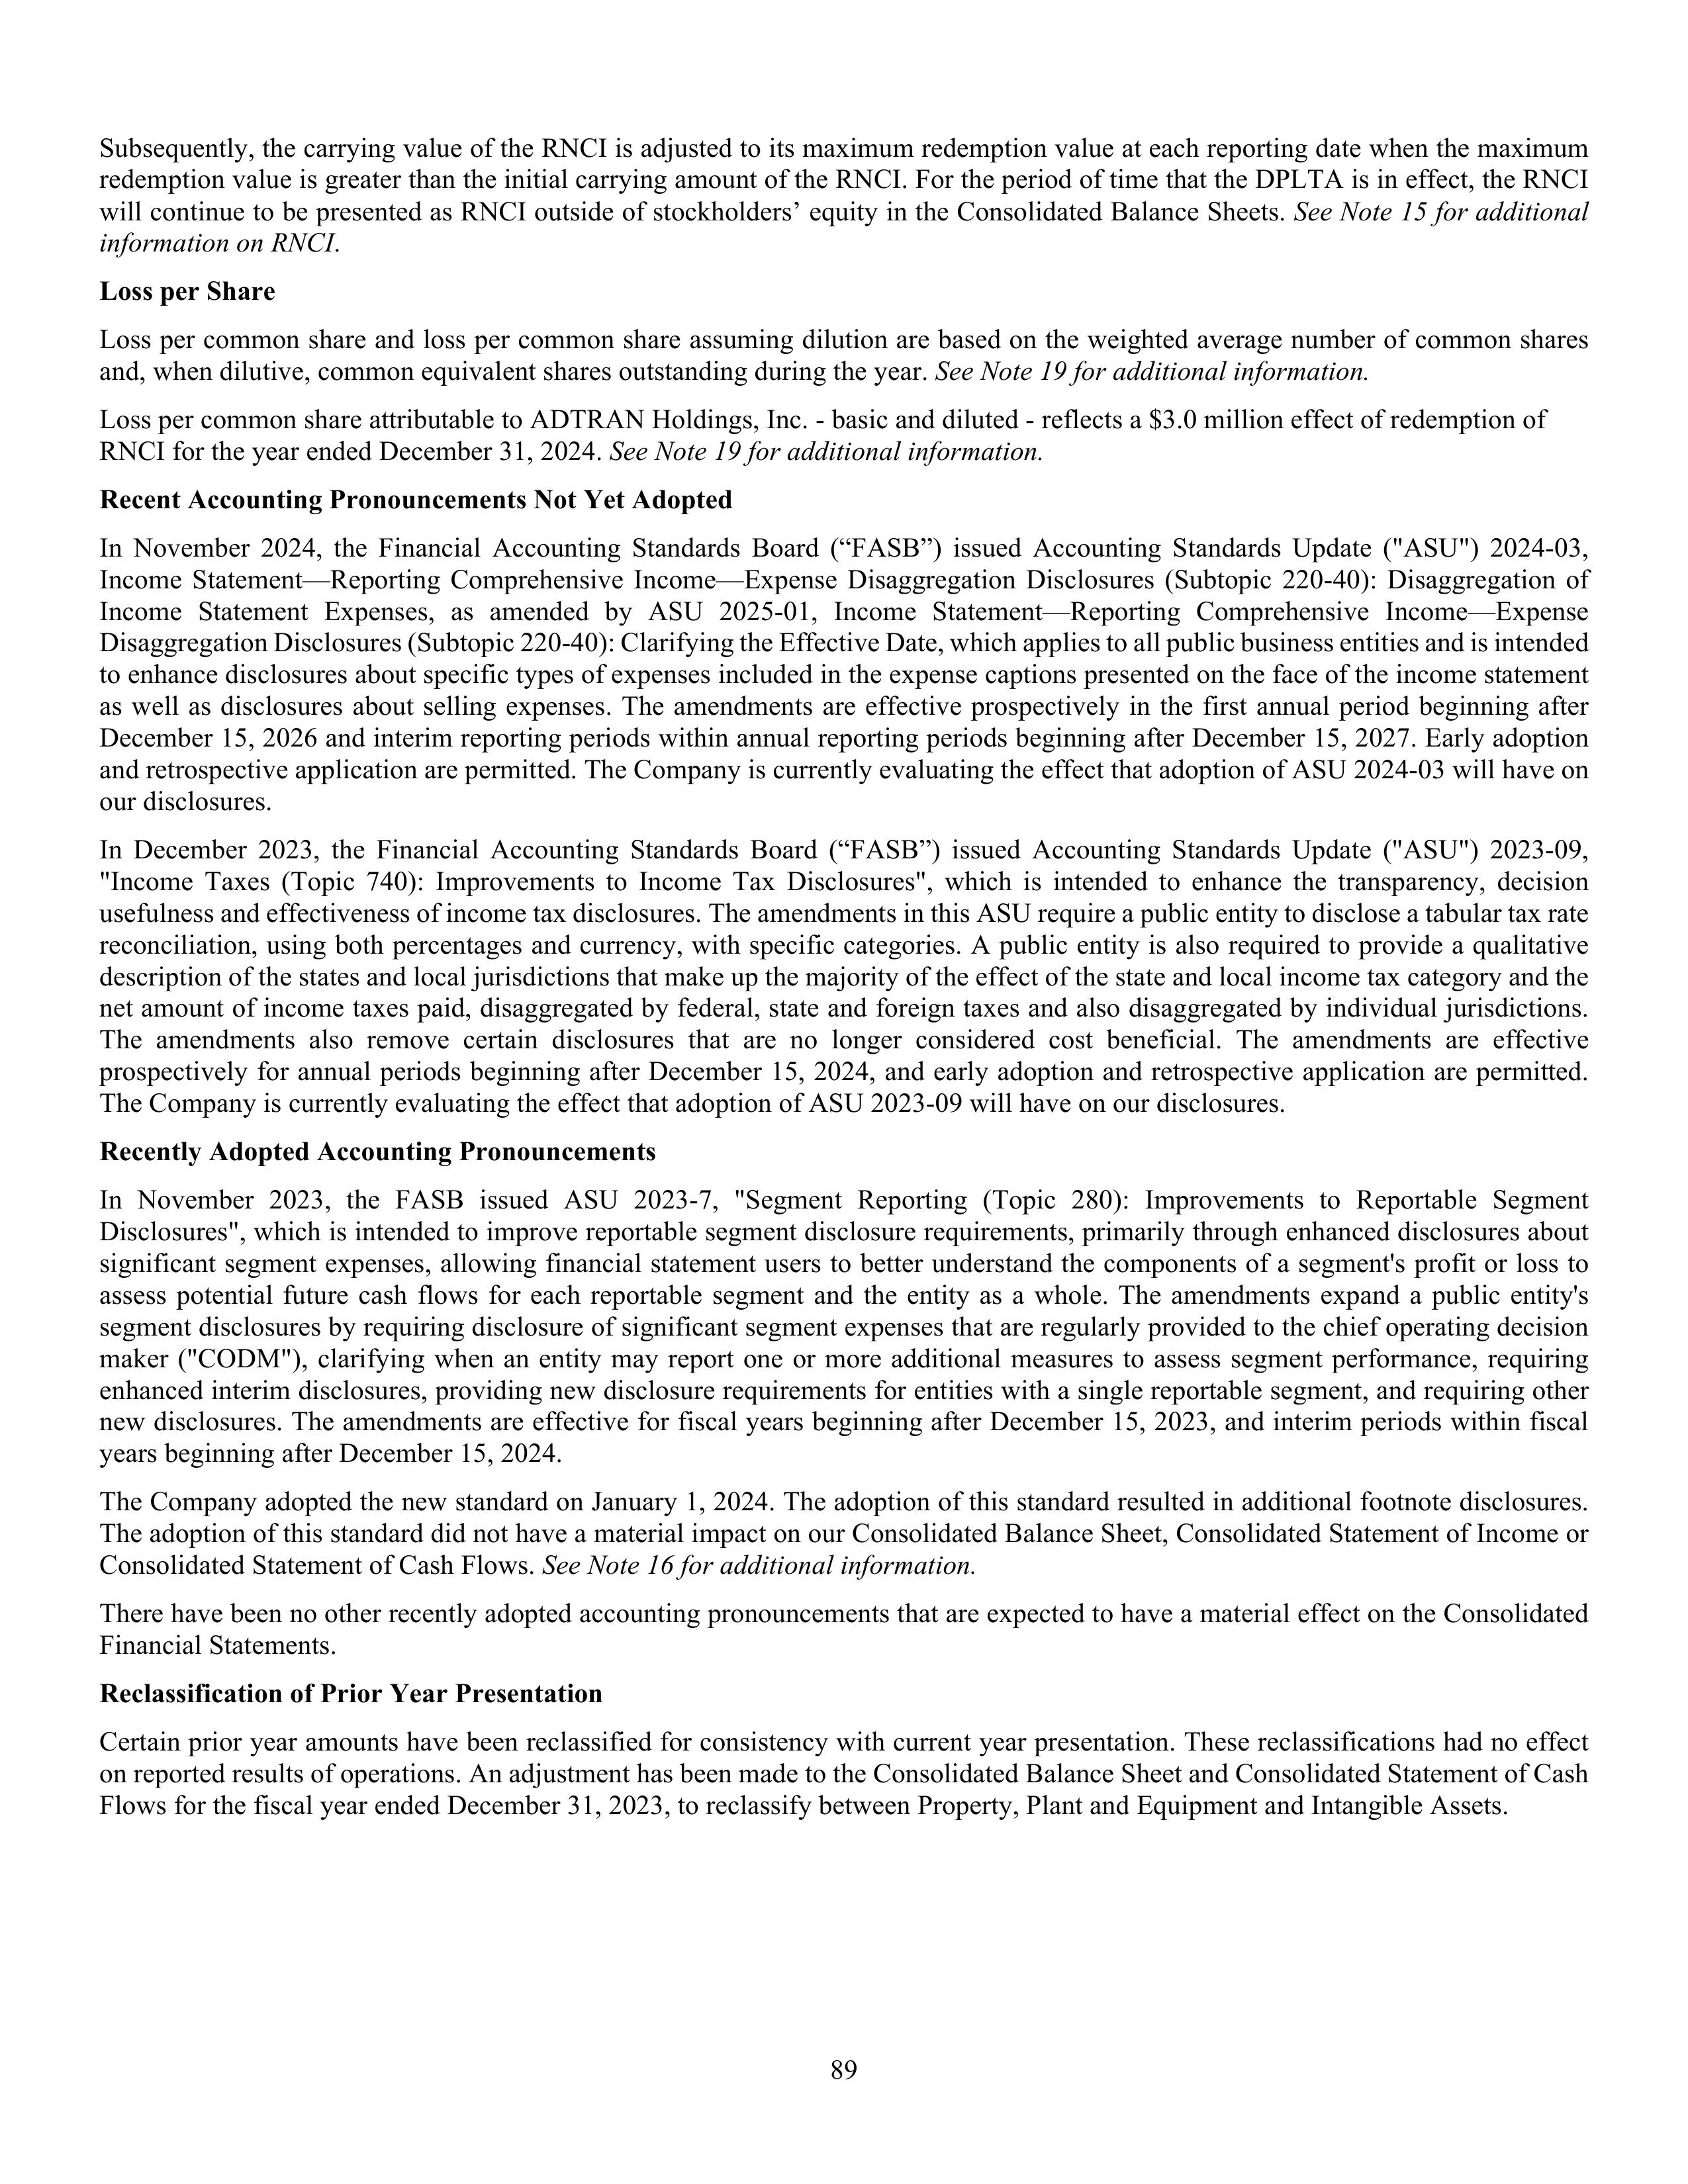
Subsequently, the carrying value of the RNCI is adjusted to its maximum redemption value at each reporting date when the maximum
redemption value is greater than the initial carrying amount of the RNCI. For the period of time that the DPLTA is in effect, the RNCI
will continue to be presented as RNCI outside of stockholders’ equity in the Consolidated Balance Sheets. See Note 15 for additional
information on RNCI.

Loss per Share

Loss per common share and loss per common share assuming dilution are based on the weighted average number of common shares
and, when dilutive, common equivalent shares outstanding during the year. See Note 19 for additional information.

Loss per common share attributable to ADTRAN Holdings, Inc. - basic and diluted - reflects a $3.0 million effect of redemption of
RNCI for the year ended December 31, 2024. See Note 19 for additional information.

Recent Accounting Pronouncements Not Yet Adopted

In November 2024, the Financial Accounting Standards Board (“FASB”) issued Accounting Standards Update (“ASU”) 2024-03,
Income Statement—Reporting Comprehensive Income—Expense Disaggregation Disclosures (Subtopic 220-40): Disaggregation of
Income Statement Expenses, as amended by ASU 2025-01, Income Statement—Reporting Comprehensive Income—Expense
Disaggregation Disclosures (Subtopic 220-40): Clarifying the Effective Date, which applies to all public business entities and is intended
to enhance disclosures about specific types of expenses included in the expense captions presented on the face of the income statement
as well as disclosures about selling expenses. The amendments are effective prospectively in the first annual period beginning after
December 15, 2026 and interim reporting periods within annual reporting periods beginning after December 15, 2027. Early adoption
and retrospective application are permitted. The Company is currently evaluating the effect that adoption of ASU 2024-03 will have on
our disclosures.

In December 2023, the Financial Accounting Standards Board (“FASB”) issued Accounting Standards Update (“ASU”) 2023-09,
“Income Taxes (Topic 740): Improvements to Income Tax Disclosures”, which is intended to enhance the transparency, decision
usefulness and effectiveness of income tax disclosures. The amendments in this ASU require a public entity to disclose a tabular tax rate
reconciliation, using both percentages and currency, with specific categories. A public entity is also required to provide a qualitative
description of the states and local jurisdictions that make up the majority of the effect of the state and local income tax category and the
net amount of income taxes paid, disaggregated by federal, state and foreign taxes and also disaggregated by individual jurisdictions.
The amendments also remove certain disclosures that are no longer considered cost beneficial. The amendments are effective
prospectively for annual periods beginning after December 15, 2024, and early adoption and retrospective application are permitted.
The Company is currently evaluating the effect that adoption of ASU 2023-09 will have on our disclosures.

Recently Adopted Accounting Pronouncements

In November 2023, the FASB issued ASU 2023-7, “Segment Reporting (Topic 280): Improvements to Reportable Segment
Disclosures”, which is intended to improve reportable segment disclosure requirements, primarily through enhanced disclosures about
significant segment expenses, allowing financial statement users to better understand the components of a segment’s profit or loss to
assess potential future cash flows for each reportable segment and the entity as a whole. The amendments expand a public entity’s
segment disclosures by requiring disclosure of significant segment expenses that are regularly provided to the chief operating decision
maker (“CODM”), clarifying when an entity may report one or more additional measures to assess segment performance, requiring
expanded interim disclosures, providing new disclosure requirements for entities with a single reportable segment, and requiring other
new disclosures. The amendments are effective for fiscal years beginning after December 15, 2023, and interim periods within fiscal
years beginning after December 15, 2024.

The Company adopted the new standard on January 1, 2024. The adoption of this standard resulted in additional footnote disclosures.
The adoption of this standard did not have a material impact on our Consolidated Balance Sheet, Consolidated Statement of Income or
Consolidated Statement of Cash Flows. See Note 16 for additional information.

There have been no other recently adopted accounting pronouncements that are expected to have a material effect on the Consolidated
Financial Statements.

Reclassification of Prior Year Presentation

Certain prior year amounts have been reclassified for consistency with current year presentation. These reclassifications had no effect
on reported results of operations. An adjustment has been made to the Consolidated Balance Sheet and Consolidated Statement of Cash
Flows for the fiscal year ended December 31, 2023, to reclassify between Property, Plant and Equipment and Intangible Assets.

89